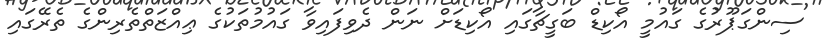
ސިންގަޕޫރުގެ ގައުމީ އޯކިޑް ބަގީޗާގައި އޯކިޑަށް ނަން ދެވިފައިވާ ގައުމުތަކުގެ ޢިއްޒަތްތެރިންގެ ތެރޭގައި